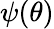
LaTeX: \psi(\theta)